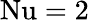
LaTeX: \mathrm{Nu}=2